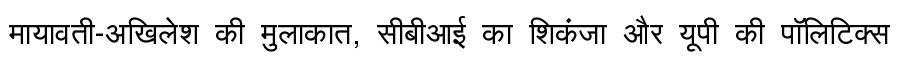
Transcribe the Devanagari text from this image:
मायावती-अखिलेश की मुलाकात, सीबीआई का शिकंजा और यूपी की पॉलिटिक्स